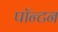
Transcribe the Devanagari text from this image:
पॉन्टन